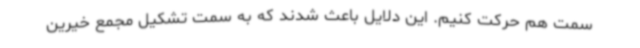
سمت هم حرکت کنیم. این دلایل باعث شدند که به سمت تشکیل مجمع خیرین